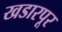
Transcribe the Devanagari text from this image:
खडारपूर